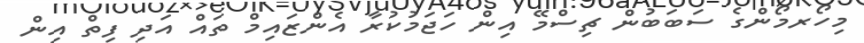
މިހޯރމޯންގެ ސަބަބުން ޗިސްމޭ އިން ހަޖަމުކުރާ އެންޒައިމް ތައް އަދި ފިތް އިން